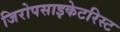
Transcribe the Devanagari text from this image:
जिरोपसाइकेटरिस्ट